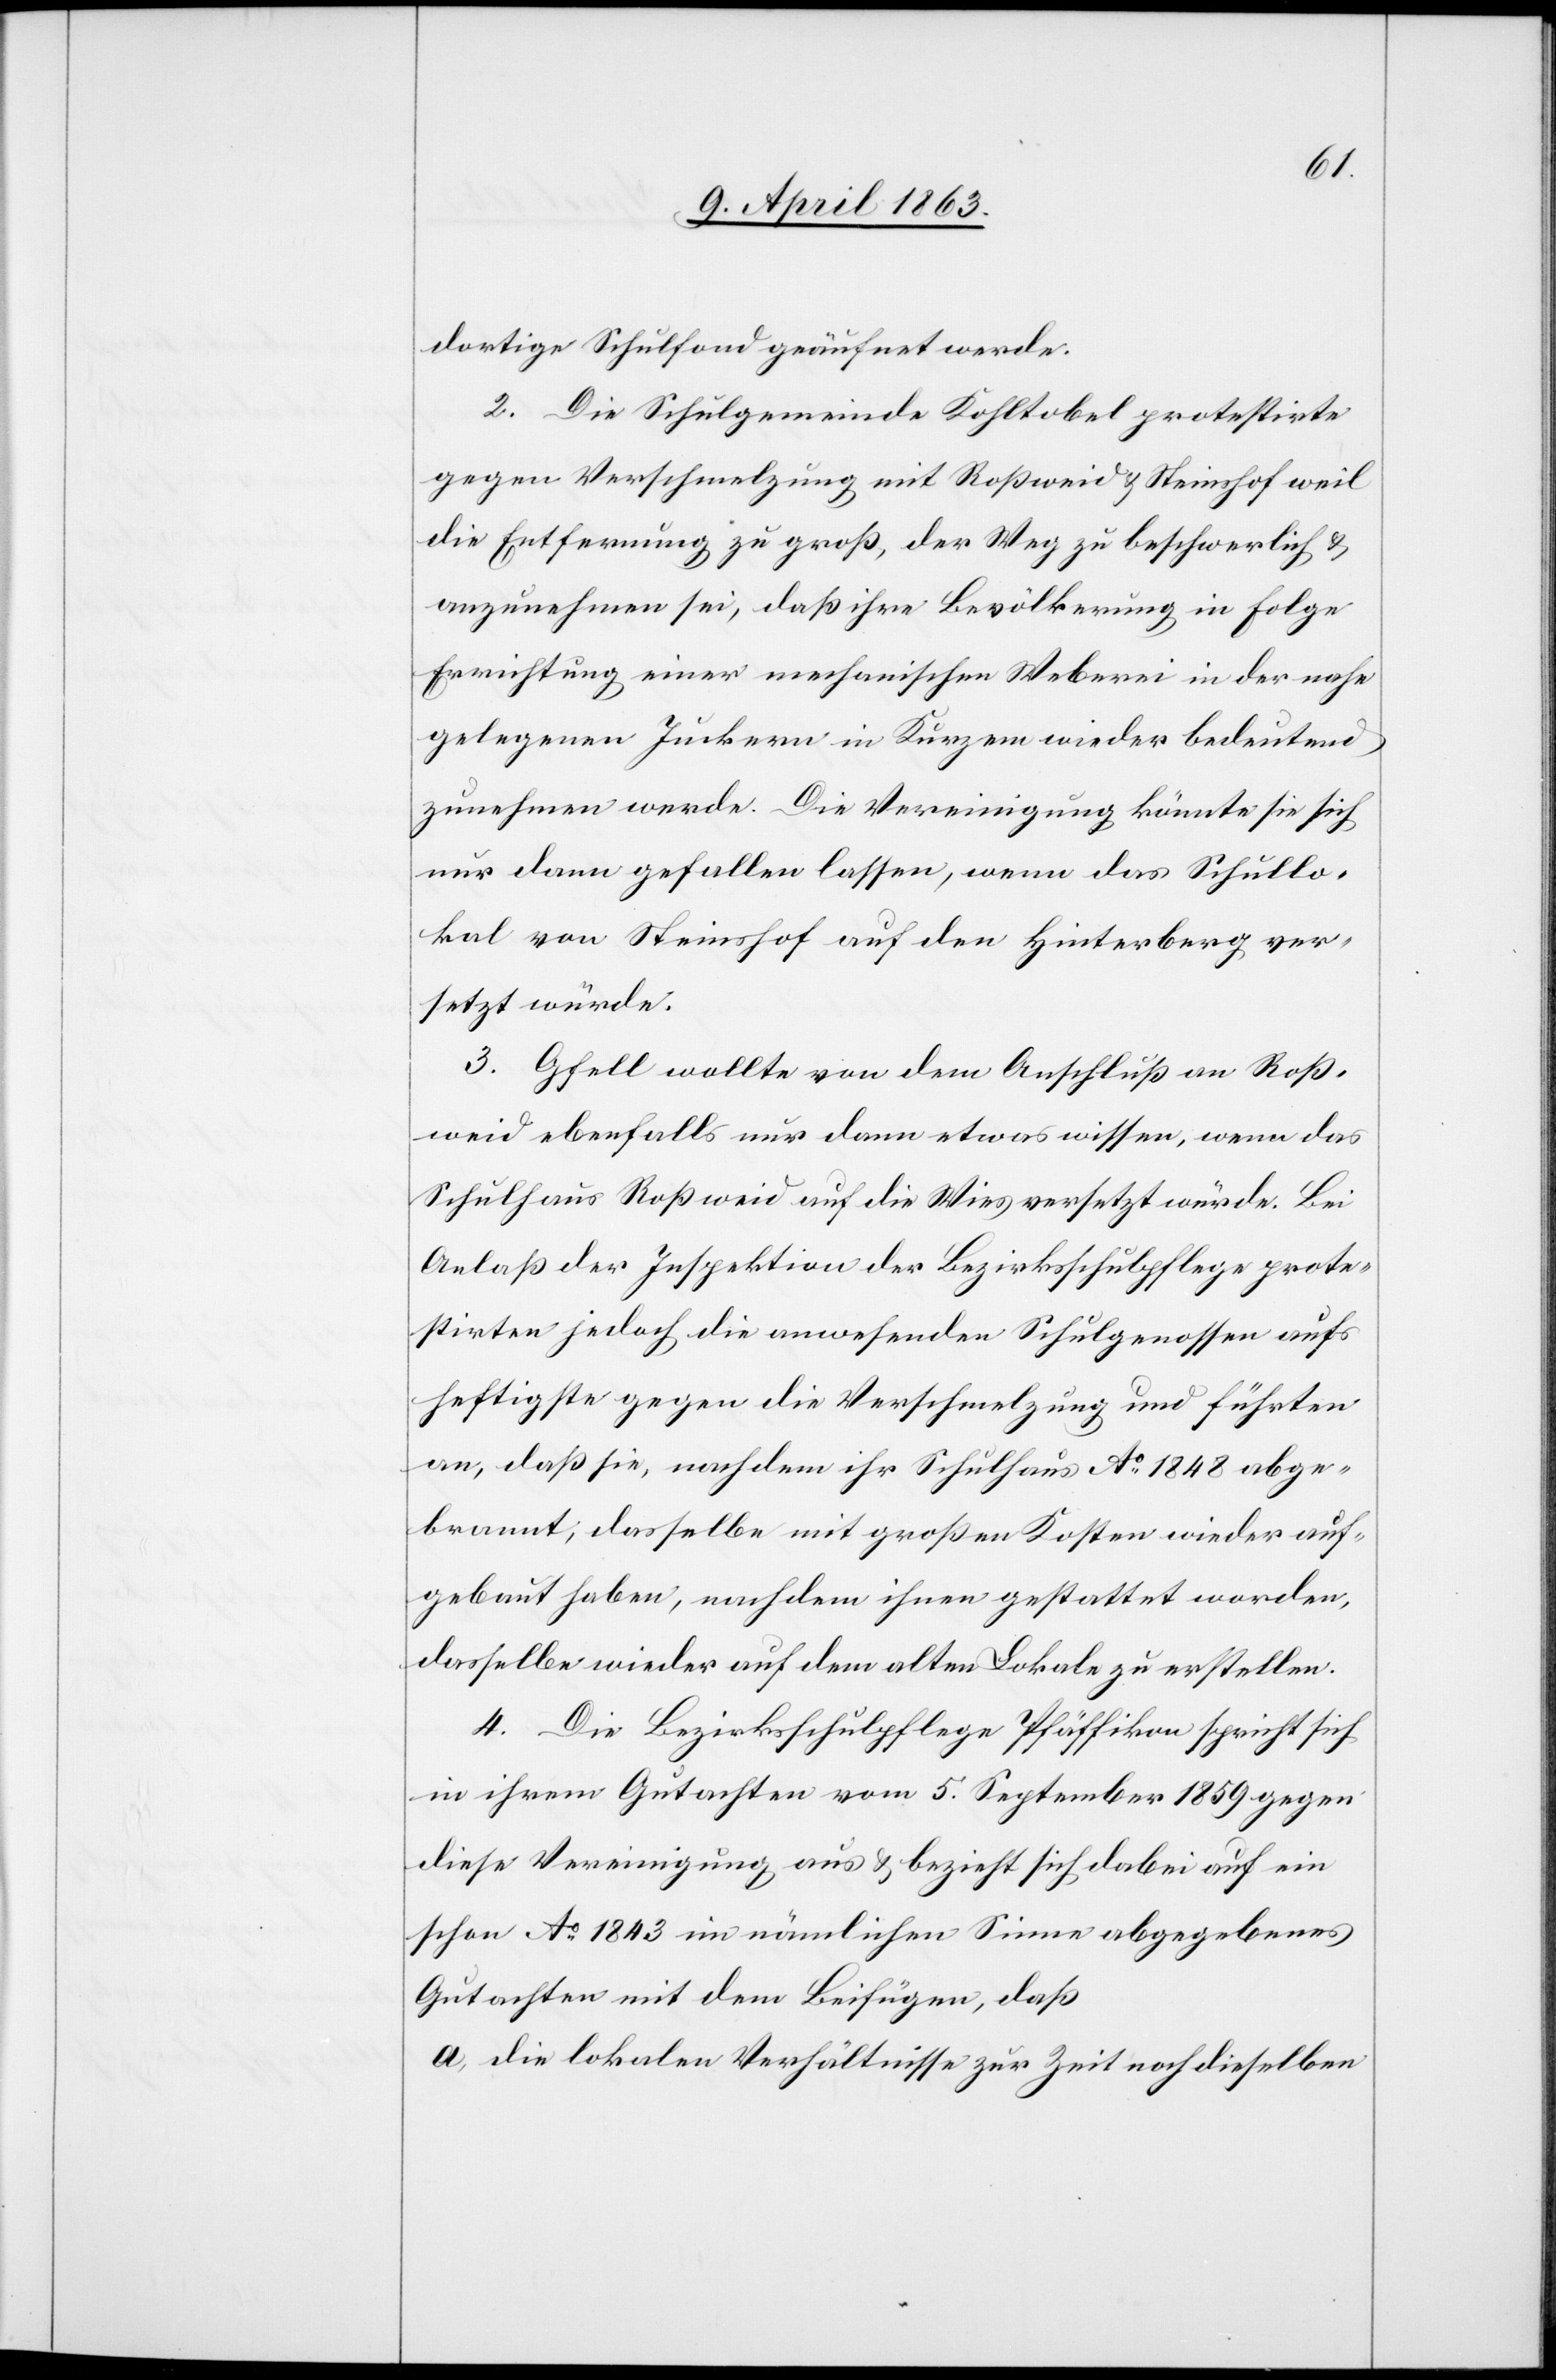
dortige Schulfond geäufnet werde.
2. Die Schulgemeinde Kohltobel protestirte
gegen Verschmelzung mit Roßweid & Steinshof weil
die Entfernung zu groß, der Weg zu beschwerlich &
anzunehmen sei, daß ihre Bevölkerung in Folge
Errichtung einer mechanischen Weberei in der nahe
gelegenen Juckern in Kurzem wieder bedeutend
zunehmen werde. Die Vereinigung könnte sie sich
nur dann gefallen lassen, wenn das Schullo¬
kal von Steinshof auf den Hinterberg ver¬
setzt würde.
3. Gfell wollte von dem Anschluß an Roß¬
weid ebenfalls nur dann etwas wissen, wenn das
Schulhaus Roßweid auf die Wies versetzt würde. Bei
Anlaß der Inspektion der Bezirksschulpflege prote¬
stirten jedoch die anwesenden Schulgenossen aufs
heftigste gegen die Verschmelzung und führten
an, daß sie, nachdem ihr Schulhaus Ao 1848 abge¬
brannt, dasselbe mit großen Kosten wieder auf¬
gebaut haben, nachdem ihnen gestattet worden,
dasselbe wieder auf dem alten Lokale zu erstellen.
4. Die Bezirksschulpflege Pfäffikon spricht sich
in ihrem Gutachten vom 5. September 1859 gegen
diese Vereinigung aus & bezieht sich dabei auf ein
schon Ao 1843 im nämlichen Sinne abgegebenes
Gutachten mit dem Beifügen, daß
a) die lokalen Verhältnisse zur Zeit noch dieselben